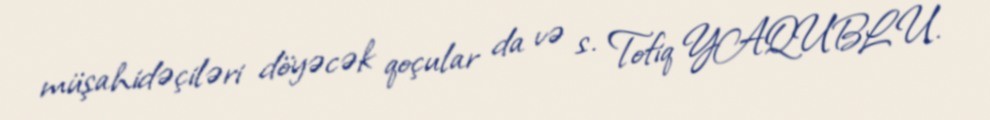
müşahidəçiləri döyəcək qoçular da və s. Tofiq YAQUBLU.